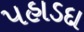
પહાડદા